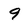
Character: 9